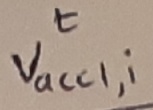
Text: t,Vacc1,i